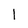
Character: l